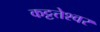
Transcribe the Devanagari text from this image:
कट्टत्तेश्वर